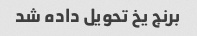
برنج یخ تحویل داده شد